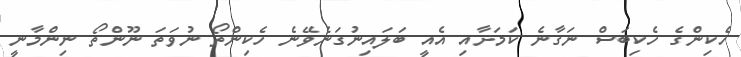
ހެކިންގެ ހެކިބަސް ނަގާނެ ކަމަށާއި އެއީ ބަލައިނުގަނެވޭނެ ހެކިންތޯ ނުވަތަ ނޫންތޯ ނިންމާނީ